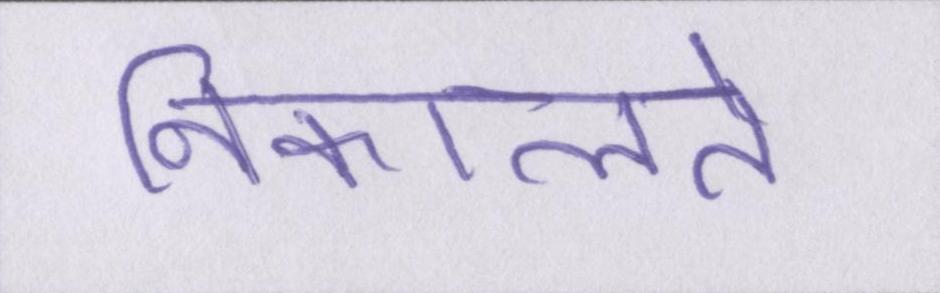
निकालते